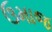
ઉમાજ